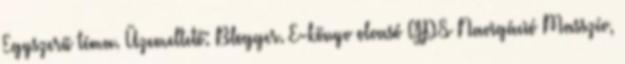
Egyszerű téma. Üzemeltető: Blogger. E-könyv olvasó GPS Navigáció Masszív,